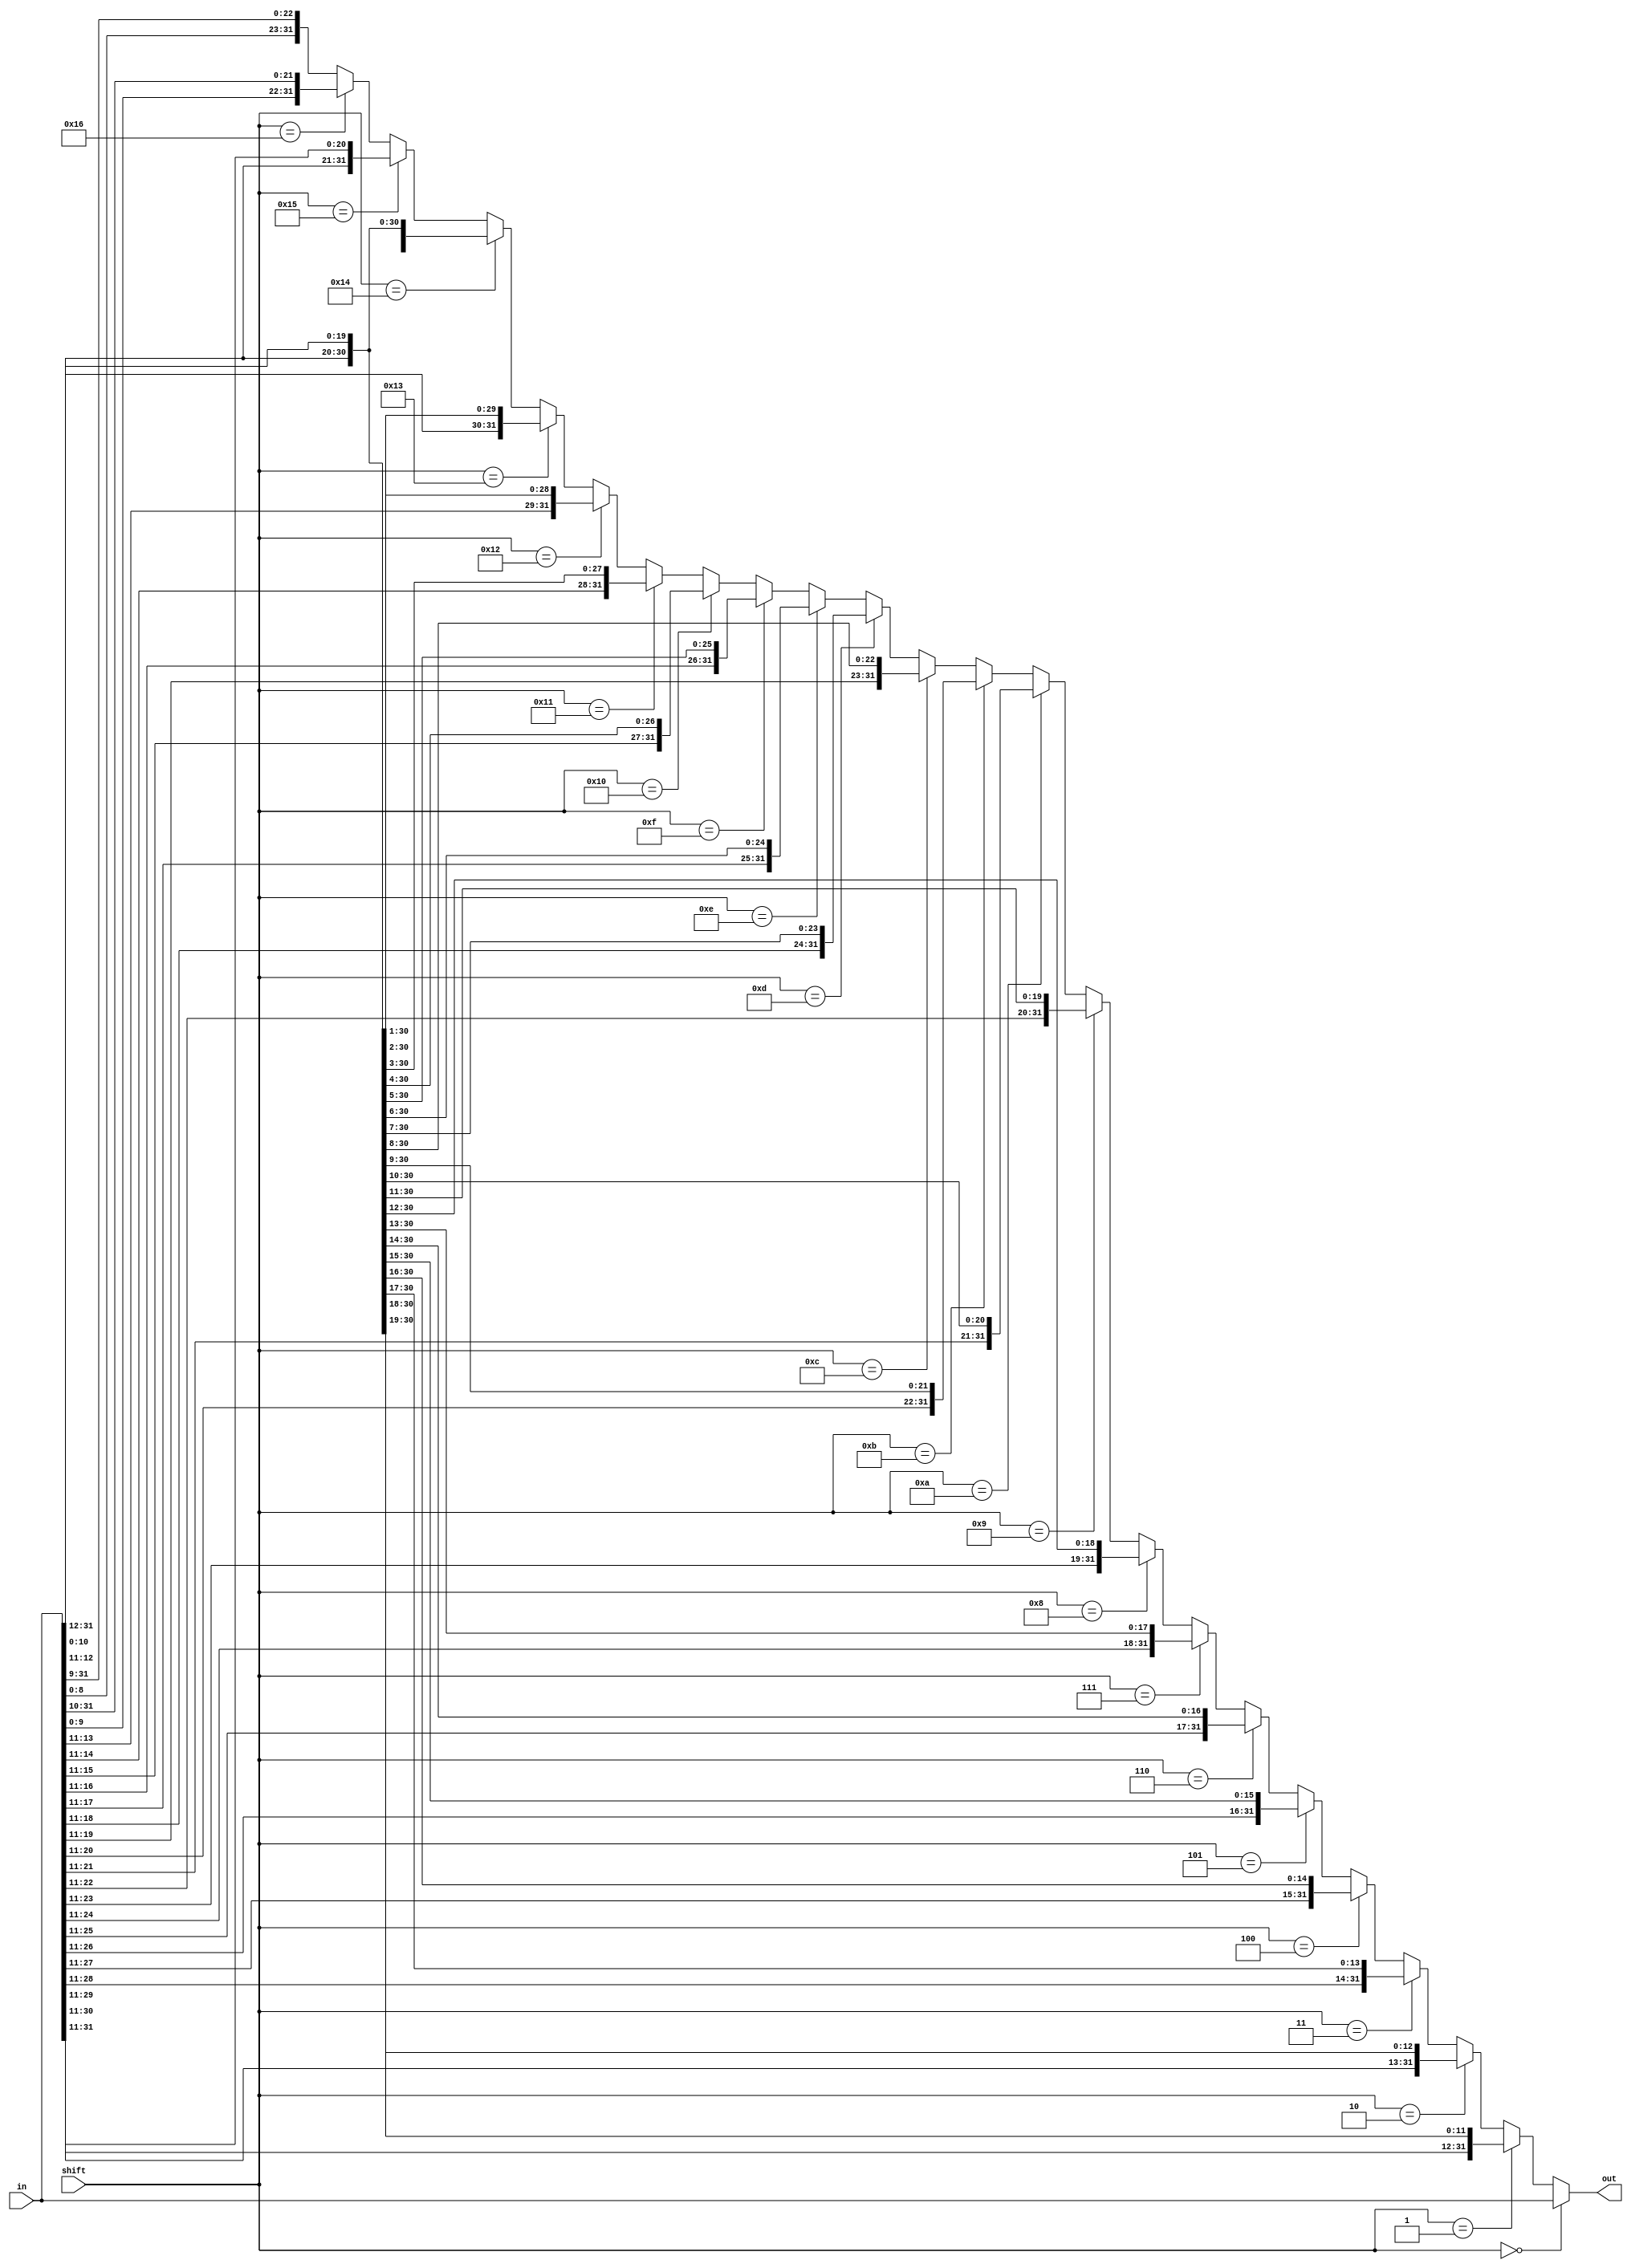
module shifter (
	output reg  [31:0] out,
	input  wire [31:0] in,
	input  wire [4: 0] shift
);
	/*
	 * A for-loop-friendly circular left shift module
	 * Shifts up to 23 times. Could be easily extended. 
	 */

	always @ (*) begin
			  if (shift ==  0) out =  in;
		else if (shift ==  1) out = {in[30:0], in[   31]};
		else if (shift ==  2) out = {in[29:0], in[31:30]};
		else if (shift ==  3) out = {in[28:0], in[31:29]};
		else if (shift ==  4) out = {in[27:0], in[31:28]};
		else if (shift ==  5) out = {in[26:0], in[31:27]};
		else if (shift ==  6) out = {in[25:0], in[31:26]};
		else if (shift ==  7) out = {in[24:0], in[31:25]};
		else if (shift ==  8) out = {in[23:0], in[31:24]};
		else if (shift ==  9) out = {in[22:0], in[31:23]};
		else if (shift == 10) out = {in[21:0], in[31:22]};
		else if (shift == 11) out = {in[20:0], in[31:21]};
		else if (shift == 12) out = {in[19:0], in[31:20]};
		else if (shift == 13) out = {in[18:0], in[31:19]};
		else if (shift == 14) out = {in[17:0], in[31:18]};
		else if (shift == 15) out = {in[16:0], in[31:17]};
		else if (shift == 16) out = {in[15:0], in[31:16]};
		else if (shift == 17) out = {in[14:0], in[31:15]};
		else if (shift == 18) out = {in[13:0], in[31:14]};
		else if (shift == 19) out = {in[12:0], in[31:13]};
		else if (shift == 20) out = {in[11:0], in[31:12]};
		else if (shift == 21) out = {in[10:0], in[31:11]};
		else if (shift == 22) out = {in[9: 0], in[31:10]};
		else                  out = {in[8: 0], in[31: 9]};
	end

endmodule